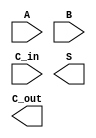
/*
    CS/ECE 552 Spring '20
    Homework #1, Problem 2
    
    a 4-bit CLA module
*/
module cla_4b(A, B, C_in, S, C_out);

    // declare constant for size of inputs, outputs (N)
    parameter   N = 4;

    input [N-1: 0] A, B;
    input          C_in;
    output [N-1:0] S;
    output         C_out;

    // YOUR CODE HERE

endmodule